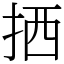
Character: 拪